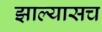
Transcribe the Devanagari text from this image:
झाल्यासच